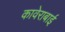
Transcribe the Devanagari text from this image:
कावेराबाई